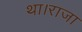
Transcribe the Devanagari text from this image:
था।राजा